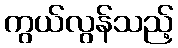
ကွယ်လွန်သည့်